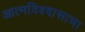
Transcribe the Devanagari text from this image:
आत्मविश्वासाचा